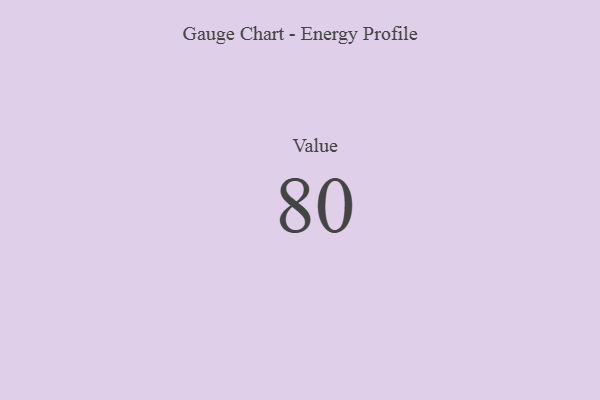
{"axis": {"x": "Metric", "y": "Value"}, "legend": [""], "data": [{"x": "Value", "y": 80, "type": ""}]}